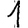
Digit: 1